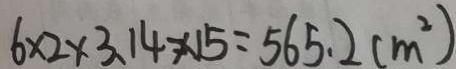
6 \times 2 \times 3 . 1 4 \times 1 5 = 5 6 5 . 2 ( m ^ { 2 } )